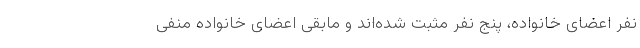
نفر اعضای خانواده، پنج نفر مثبت شده‌اند و مابقی اعضای خانواده منفی